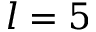
l = 5